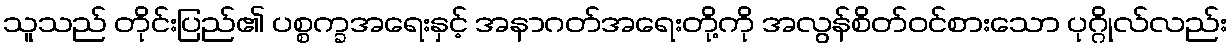
သူသည် တိုင်းပြည်၏ ပစ္စက္ခအရေးနှင့် အနာဂတ်အရေးတို့ကို အလွန်စိတ်ဝင်စားသော ပုဂ္ဂိုလ်လည်း